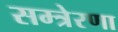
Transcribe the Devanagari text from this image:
सम्त्रेरणा